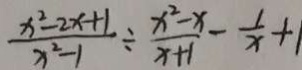
\frac { x ^ { 2 } - 2 x + 1 } { x ^ { 2 } - 1 } \div \frac { x ^ { 2 } - x } { x + 1 } - \frac { 1 } { x } + 1